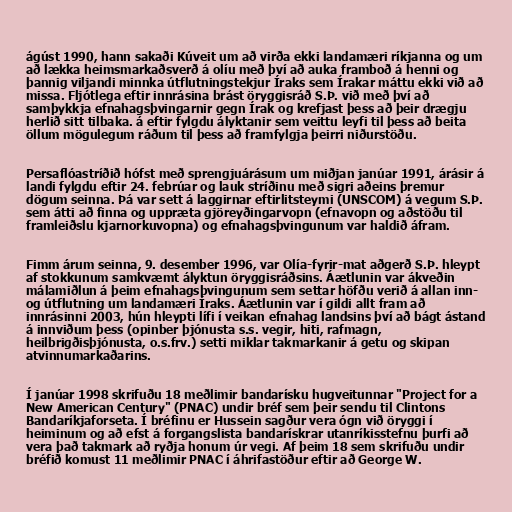
ágúst 1990, hann sakaði Kúveit um að virða ekki landamæri ríkjanna og um
að lækka heimsmarkaðsverð á olíu með því að auka framboð á henni og
þannig viljandi minnka útflutningstekjur Íraks sem Írakar máttu ekki við að
missa. Fljótlega eftir innrásina brást öryggisráð S.Þ. við með því að
samþykkja efnahagsþvingarnir gegn Írak og krefjast þess að þeir drægju
herlið sitt tilbaka. á eftir fylgdu ályktanir sem veittu leyfi til þess að beita
öllum mögulegum ráðum til þess að framfylgja þeirri niðurstöðu.

Persaflóastríðið hófst með sprengjuárásum um miðjan janúar 1991, árásir á
landi fylgdu eftir 24. febrúar og lauk stríðinu með sigri aðeins þremur
dögum seinna. Þá var sett á laggirnar eftirlitsteymi (UNSCOM) á vegum S.Þ.
sem átti að finna og uppræta gjöreyðingarvopn (efnavopn og aðstöðu til
framleiðslu kjarnorkuvopna) og efnahagsþvingunum var haldið áfram.

Fimm árum seinna, 9. desember 1996, var Olía-fyrir-mat aðgerð S.Þ. hleypt
af stokkunum samkvæmt ályktun öryggisráðsins. Áætlunin var ákveðin
málamiðlun á þeim efnahagsþvingunum sem settar höfðu verið á allan inn-
og útflutning um landamæri Íraks. Áætlunin var í gildi allt fram að
innrásinni 2003, hún hleypti lífi í veikan efnahag landsins því að bágt ástand
á innviðum þess (opinber þjónusta s.s. vegir, hiti, rafmagn,
heilbrigðisþjónusta, o.s.frv.) setti miklar takmarkanir á getu og skipan
atvinnumarkaðarins.

Í janúar 1998 skrifuðu 18 meðlimir bandarísku hugveitunnar "Project for a
New American Century" (PNAC) undir bréf sem þeir sendu til Clintons
Bandaríkjaforseta. Í bréfinu er Hussein sagður vera ógn við öryggi í
heiminum og að efst á forgangslista bandarískrar utanríkisstefnu þurfi að
vera það takmark að ryðja honum úr vegi. Af þeim 18 sem skrifuðu undir
bréfið komust 11 meðlimir PNAC í áhrifastöður eftir að George W.